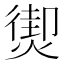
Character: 𤎇